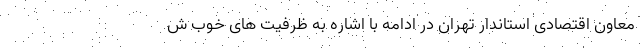
معاون اقتصادی استاندار تهران در ادامه با اشاره به ظرفیت های خوب ش